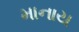
માનાય